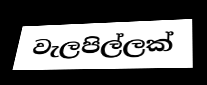
වැලපිල්ලක්